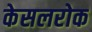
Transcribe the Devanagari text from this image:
केसलरोक